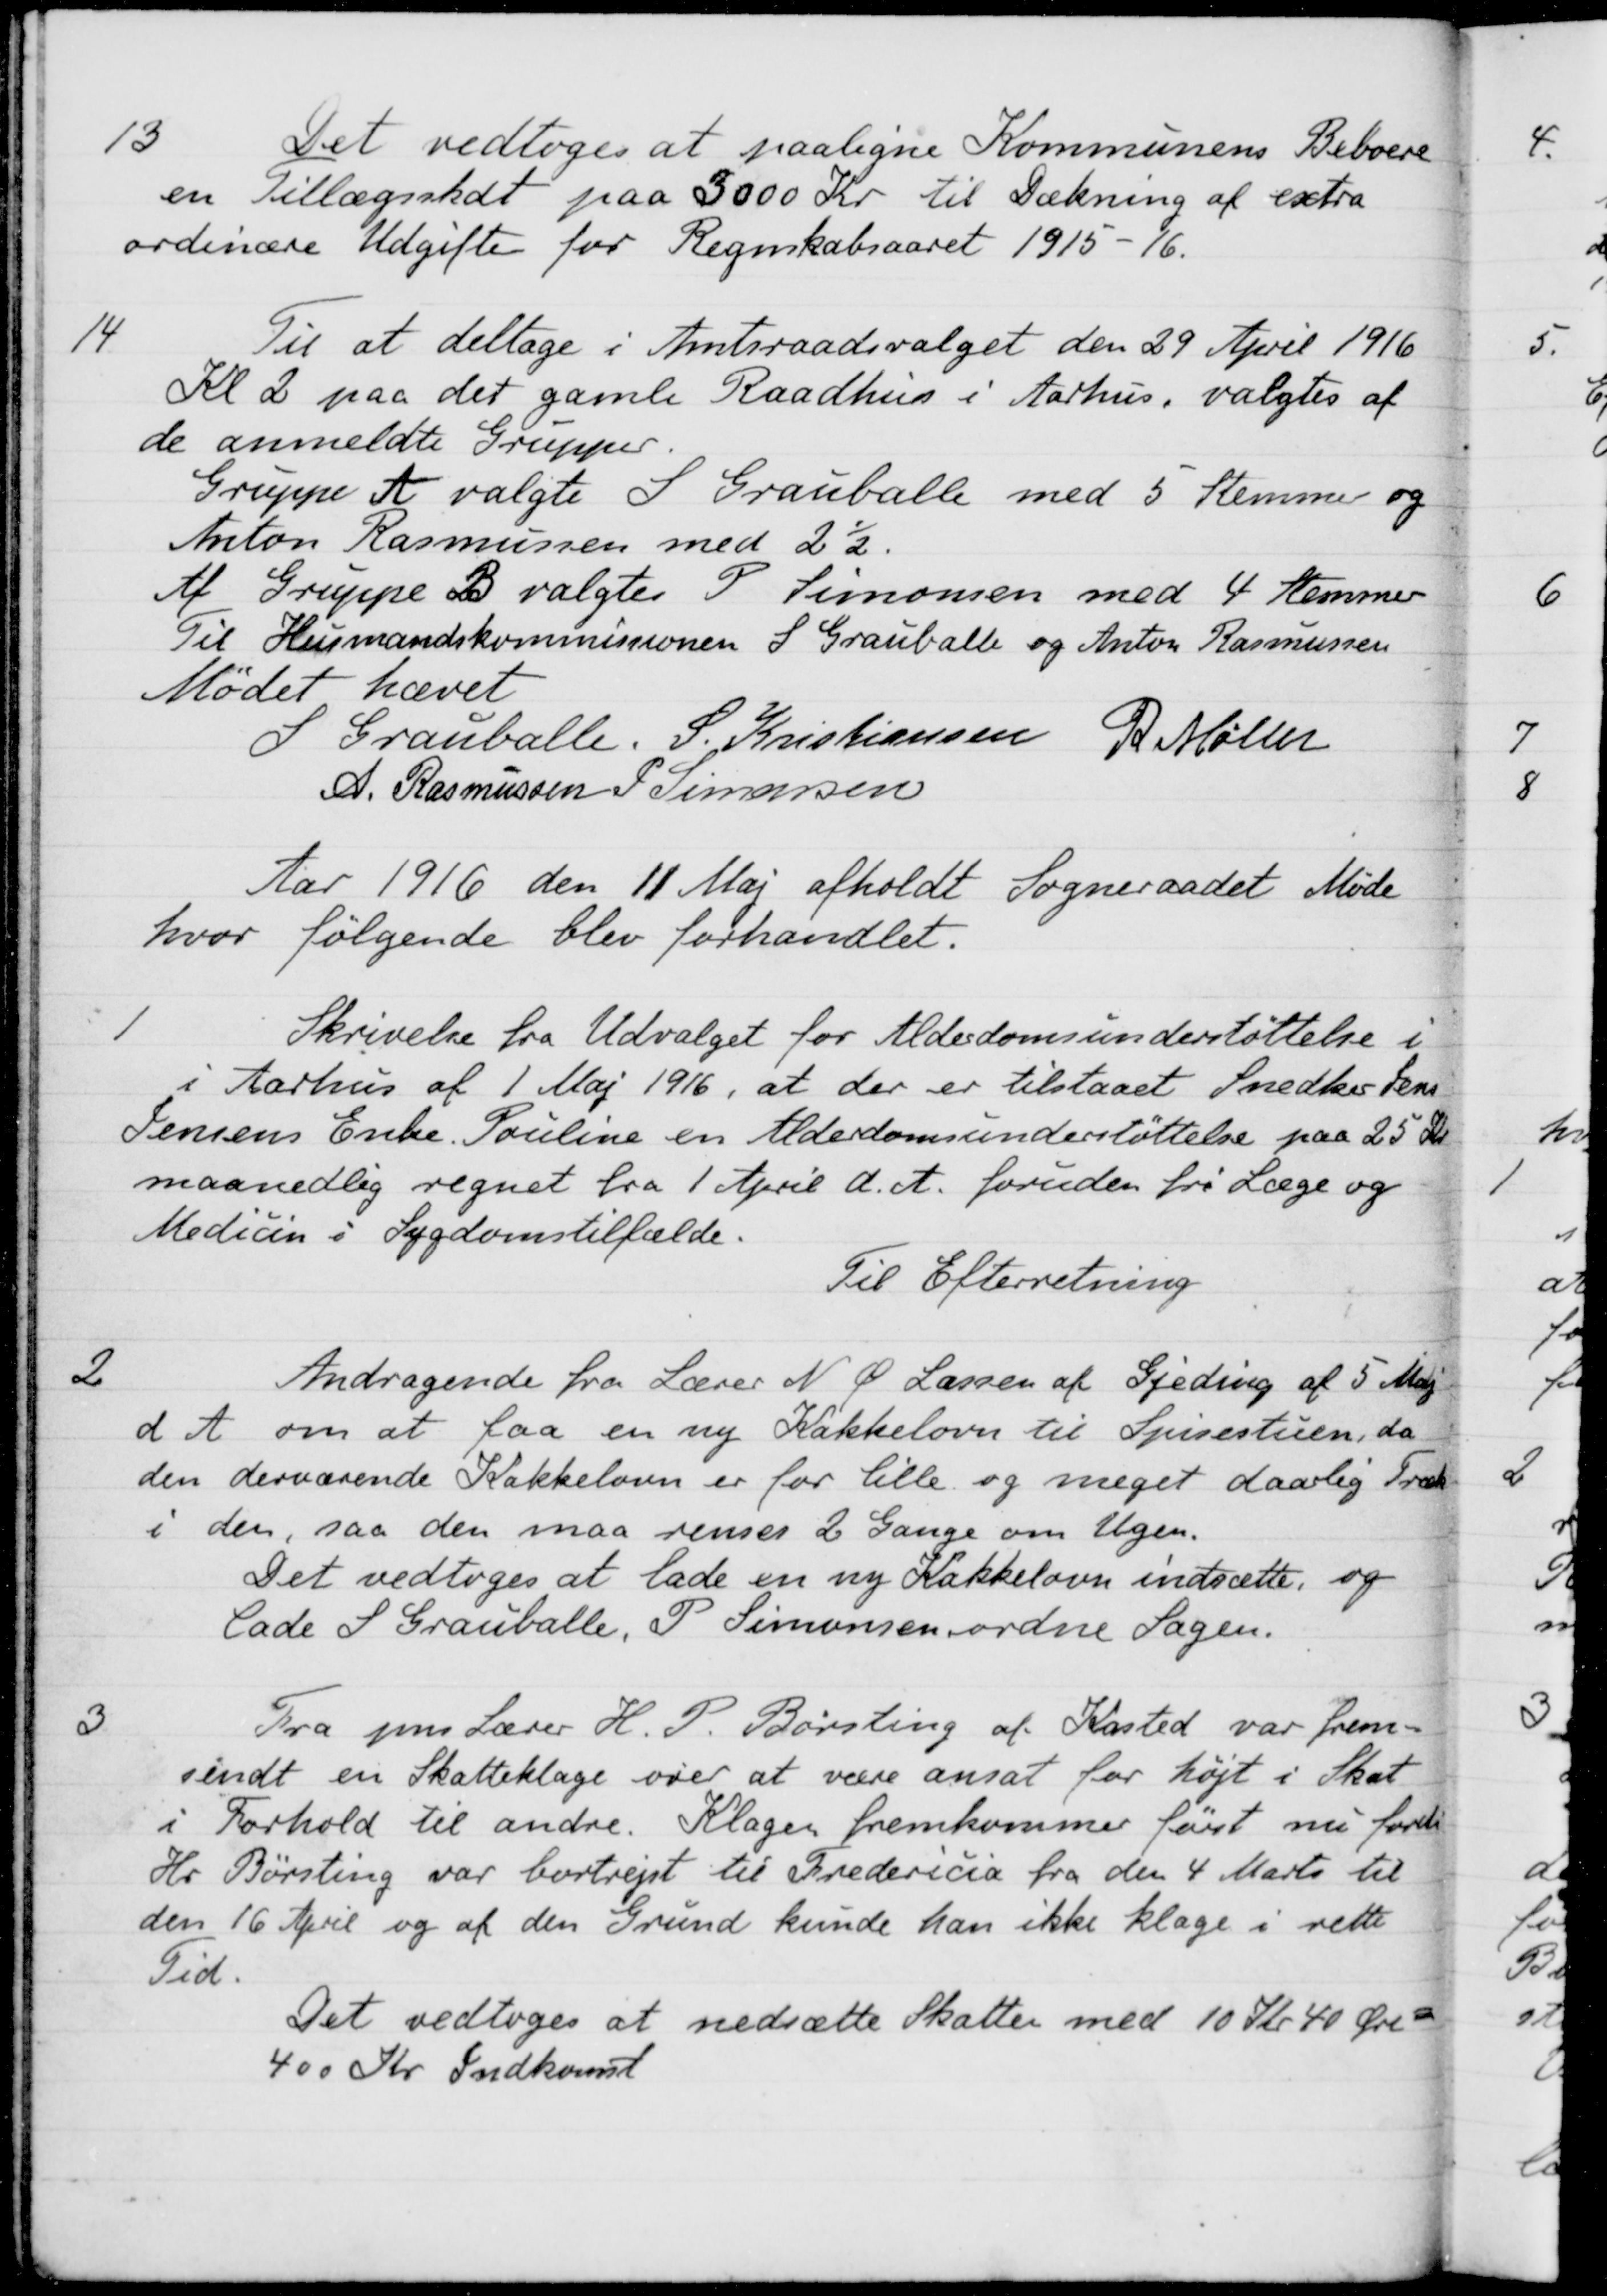
Transskription:
13
Det vedtoges at paaligne Kommunens Beboere
en Tillægsskat paa 3000 Kr. til Dækning af extra
ordinære Udgifte for Regnskabsaaret 1915-16.
14
Til at deltage i Amtsraadsvalget den 29 April 1916
Kl 2 paa det gamle Raadhus i Aarhus, valgtes af
de anmeldte Grupper.
Gruppe A valgte S Grauballe med 5 Stemmer og
Anton Rasmussen med 2½.
Af Gruppe B valgtes P. Simonsen med 4 Stemmer
Til Husmandskommissionen S Grauballe og Anton Rasmussen
Mødet hævet
S Grauballe.
S. Kristiansen
P. Møller
A. Rasmussen
P. Simonsen
Aar 1916 den 11 Maj afholdt Sogneraadet Møde
hvor følgende blev forhandlet.
1
Skrivelse fra Udvalget for Alderdomsunderstøttelse i
i Aarhus af 1 Maj 1916, at der er tilstaaet Snedker Jens
Jensens Enke. Pouline en Alderdomsunderstøttelse paa 25 Kr.
maanedlig regnet fra 1 April d. A. foruden fri Læge og
Medicin i Sygdomstilfælde.
Til Efterretning
2
Andragende fra Lærer N. Ø. Lassen af Gjeding af 5 Maj
d A om at faa en ny Kakkelovn til Spisestuen, da
den derværende Kakkelovn er for lille og meget daarlig Træk
i den, saa den maa renser 2 Gange om Ugen.
Det vedtoges at lade en ny Kakkelovn indsætte, og
lade S. Grauballe, P. Simonsen ordne Sagen.
3
Fra pens Lærer H. P. Børsting af Kasted var frem-
sendt en Skatteklage over at være ansat for højt i Skat
i Forhold til andre. Klagen fremkommer først nu fordi
Hr Børsting var bortrejst til Fredericia fra den 4 Marts til
den 16 April og af den Grund kunde han ikke klage i rette
Tid.
Det vedtoges at nedsætte Skatten med 10 Kr. 40 Øre
400 Kr Indkomst